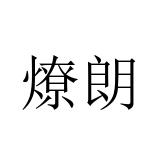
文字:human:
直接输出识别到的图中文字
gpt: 燎朗